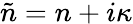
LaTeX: {\tilde{n}}=n+i\kappa